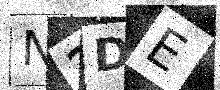
Text: N2DE